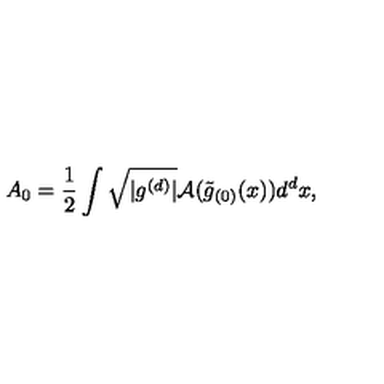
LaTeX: A _ { 0 } = \frac { 1 } { 2 } \int \sqrt { \vert g ^ { ( d ) } \vert } { \cal A } ( \tilde { g } _ { ( 0 ) } ( x ) ) d ^ { d } x ,